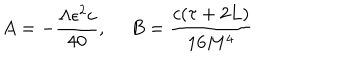
LaTeX: A = - \frac { \Lambda \epsilon ^ { 2 } c } { 4 0 } , ~ ~ B = \frac { c ( \tau + 2 L ) } { 1 6 M ^ { 4 } }